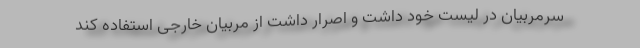
سرمربیان در لیست خود داشت و اصرار داشت از مربیان خارجی استفاده کند